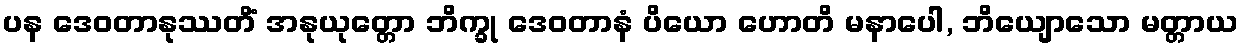
ပန ဒေဝတာနုဿတိံ အနုယုတ္တော ဘိက္ခု ဒေဝတာနံ ပိယော ဟောတိ မနာပေါ, ဘိယျောသော မတ္တာယ